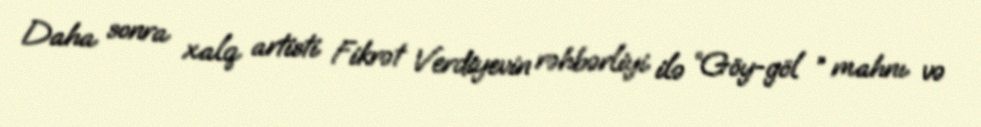
Daha sonra xalq artisti Fikrət Verdiyevin rəhbərliyi ilə “Göy-göl ” mahnı və